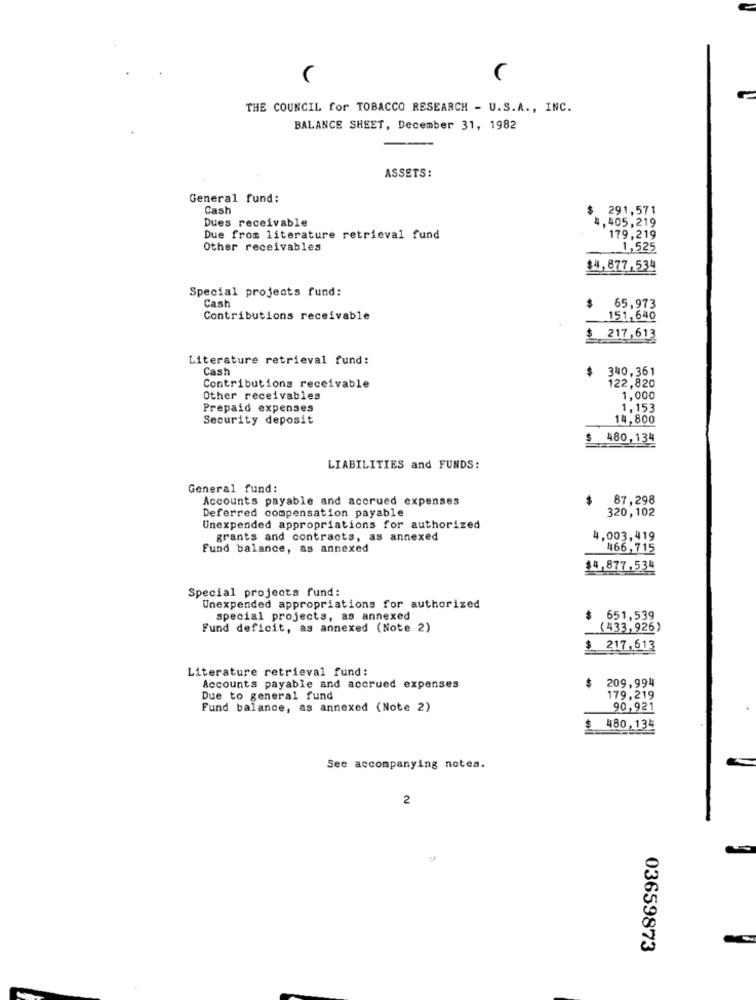
THE COUNCIL for TOBACCO RESEARCH - U.S.A ., INC.
BALANCE SHEET, December 31, 1982
ASSETS:
General fund:
Cash
291,571
Dues receivable
4,405,219
Due from literature retrieval fund
179,219
Other receivables
1,525
$4,877,534
Special projects fund:
Cash
65,973
Contributions receivable
151,640
$.
217,613
Literature retrieval fund:
Cash
$
340,361
122,820
Contributions receivable
Other receivables
1.000
Prepaid expenses
1,153
Security deposit
14,800
5
480,134
LIABILITIES and FUNDS:
General fund:
Accounts payable and accrued expenses
87,298
Deferred compensation payable
320,102
Unexpended appropriations for authorized
grants and contracts, as annexed
4,003,419
Fund balance, as annexed
466,715
$4,877,534
Special projects fund:
Unexpended appropriations for authorized
special projects, as annexed
651,539
Fund deficit, as annexed (Note 2)
(433,926)
$ 217,613
Literature retrieval fund:
209,994
Accounts payable and accrued expenses
Due to general fund
179,219
Fund balance, as annexed (Note 2)
90,921
480,134
See accompanying notes.
2
03659873